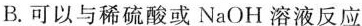
B.可以与稀硫酸或NaOH溶液反应